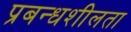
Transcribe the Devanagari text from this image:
प्रबन्धशीलता